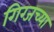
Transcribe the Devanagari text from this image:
गिग्जच्या